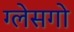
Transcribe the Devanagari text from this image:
ग्लेसगो